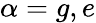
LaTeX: \alpha=g,e